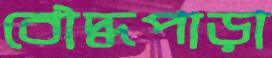
বৌদ্ধপাড়া